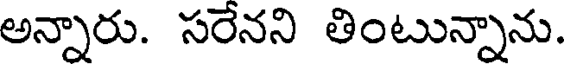
అన్నారు. సరేనని తింటున్నాను.